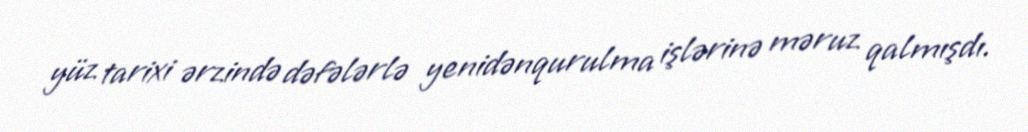
yüz tarixi ərzində dəfələrlə yenidənqurulma işlərinə məruz qalmışdı.